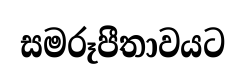
සමරූපීතාවයට